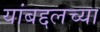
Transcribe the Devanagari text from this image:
यांबद्दलच्या